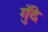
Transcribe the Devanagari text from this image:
गुँदे